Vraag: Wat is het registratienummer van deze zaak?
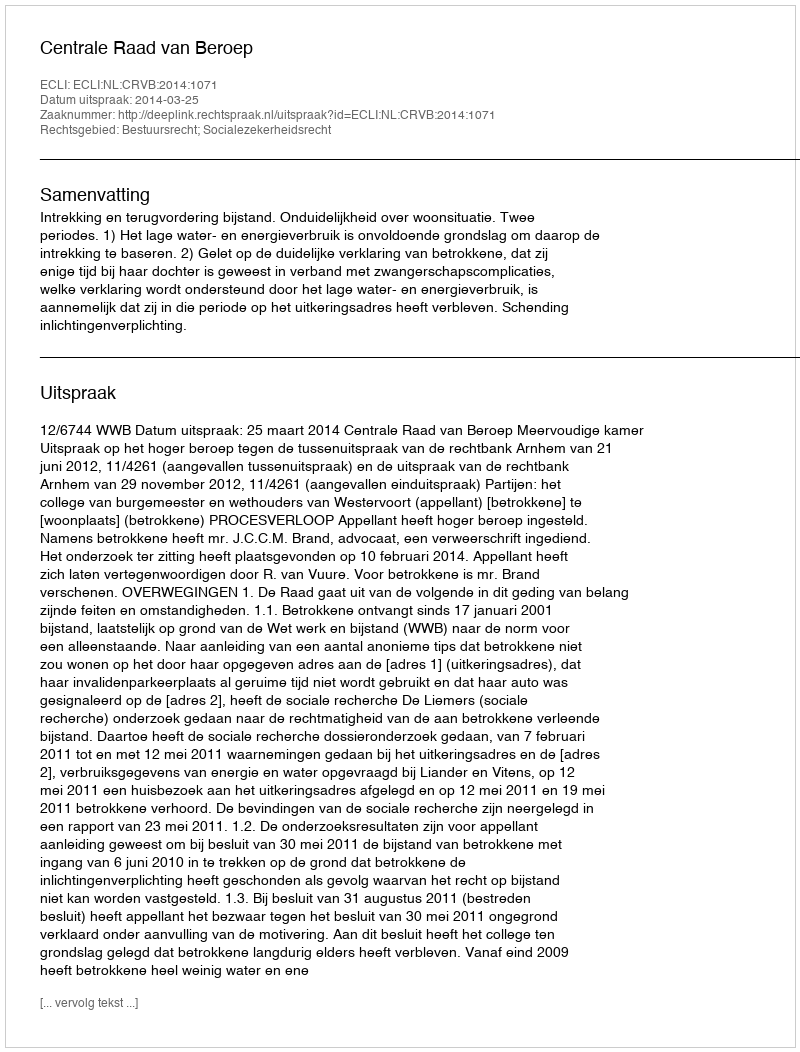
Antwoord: http://deeplink.rechtspraak.nl/uitspraak?id=ECLI:NL:CRVB:2014:1071